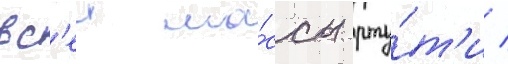
вс'еи ма́ссы рту́т'и /